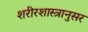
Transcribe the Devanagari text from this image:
शरीरशास्त्रानुसर